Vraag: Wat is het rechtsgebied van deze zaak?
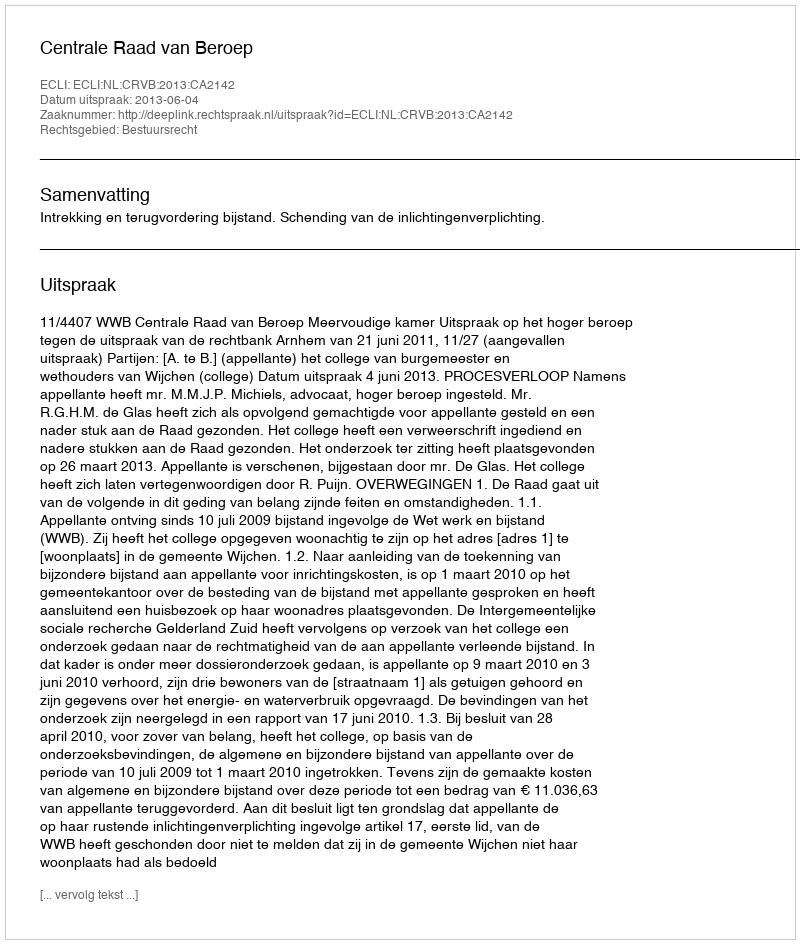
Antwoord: Bestuursrecht